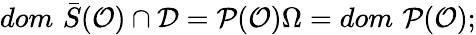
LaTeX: dom\, \, \bar{S}(\mathcal{O})\cap\mathcal{D}=\mathcal{P}(\mathcal{O})\Omega=dom\, \, \mathcal{P}(\mathcal{O});